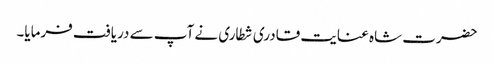
حضرت شاہ عنایت قادری شطاری نے آپ سے دریافت فرمایا۔